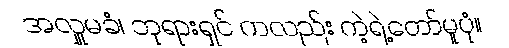
အလှူမခံ၊ ဘုရားရှင် ကလည်း ကဲ့ရဲ့တော်မူပုံ။